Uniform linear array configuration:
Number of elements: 32
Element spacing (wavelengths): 0.5
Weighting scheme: hann
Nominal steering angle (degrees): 0
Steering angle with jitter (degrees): -0.6523
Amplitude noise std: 0.05
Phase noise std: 0.05

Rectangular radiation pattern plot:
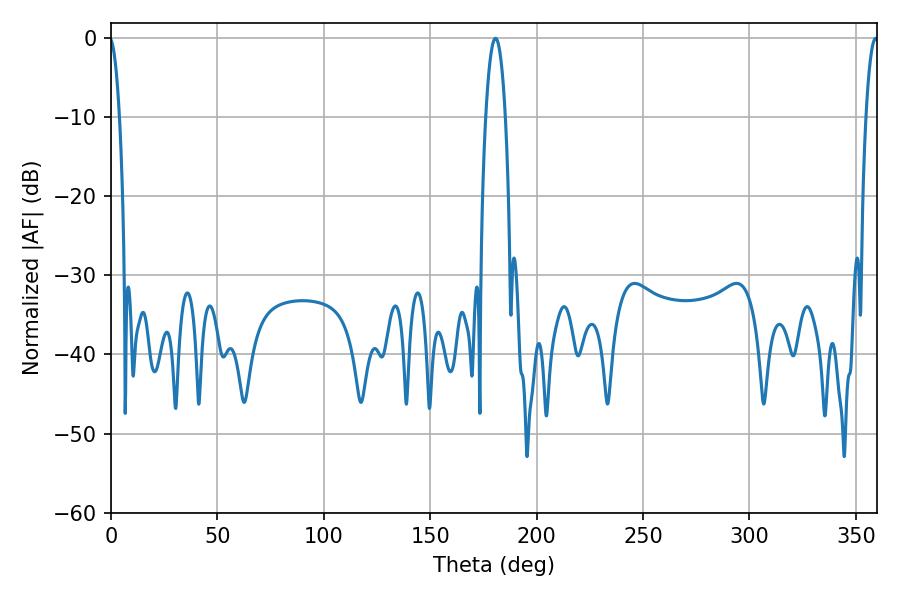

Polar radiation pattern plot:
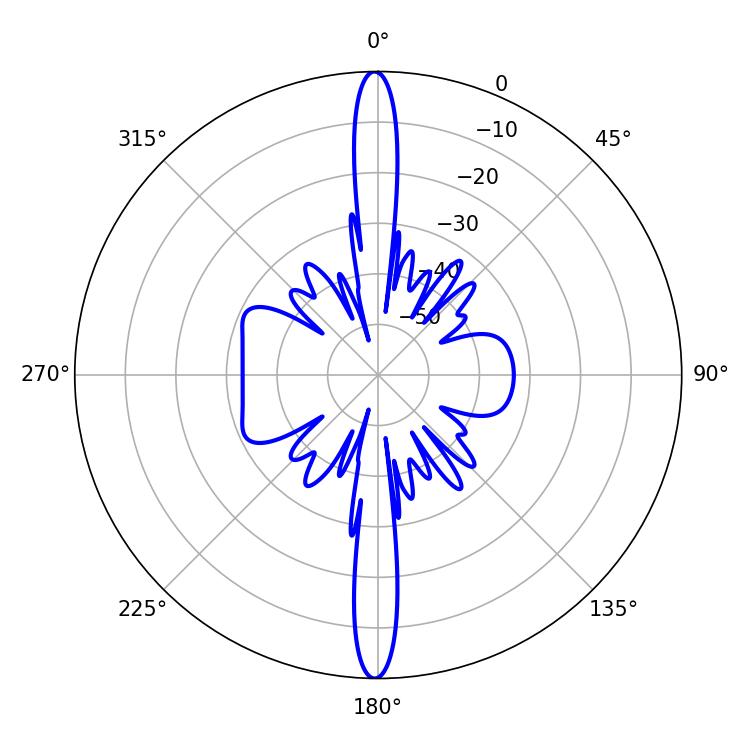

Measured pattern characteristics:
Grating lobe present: FALSE
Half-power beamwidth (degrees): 3.24
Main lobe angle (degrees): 359.28